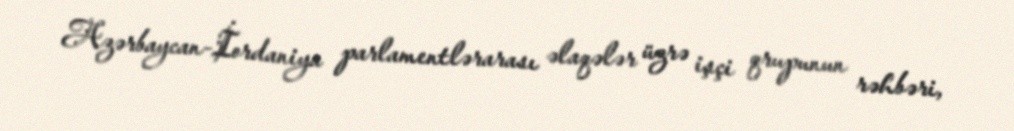
Azərbaycan-İordaniya parlamentlərarası əlaqələr üzrə işçi qrupunun rəhbəri,